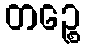
တဉ္စေ